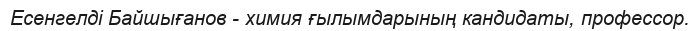
Есенгелді Байшығанов - химия ғылымдарының кандидаты, профессор.